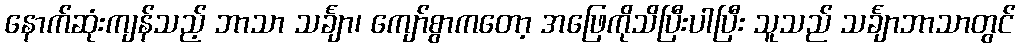
နောက်ဆုံးကျန်သည့် ဘာသာ သင်္ချာ၊ ကျော်စွာကတော့ အဖြေကိုသိပြီးပါပြီး သူသည် သင်္ချာဘာသာတွင်